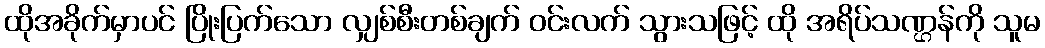
ထိုအခိုက်မှာပင် ပြိုးပြက်သော လျှစ်စီးတစ်ချက် ဝင်းလက် သွားသဖြင့် ထို အရိပ်သဏ္ဌန်ကို သူမ